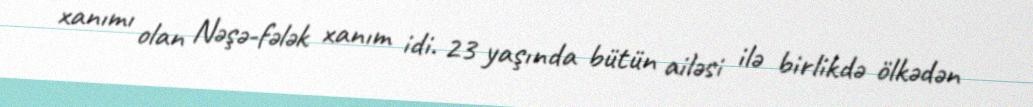
xanımı olan Nəşə-fələk xanım idi. 23 yaşında bütün ailəsi ilə birlikdə ölkədən